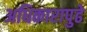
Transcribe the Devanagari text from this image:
अधिकारापुढे